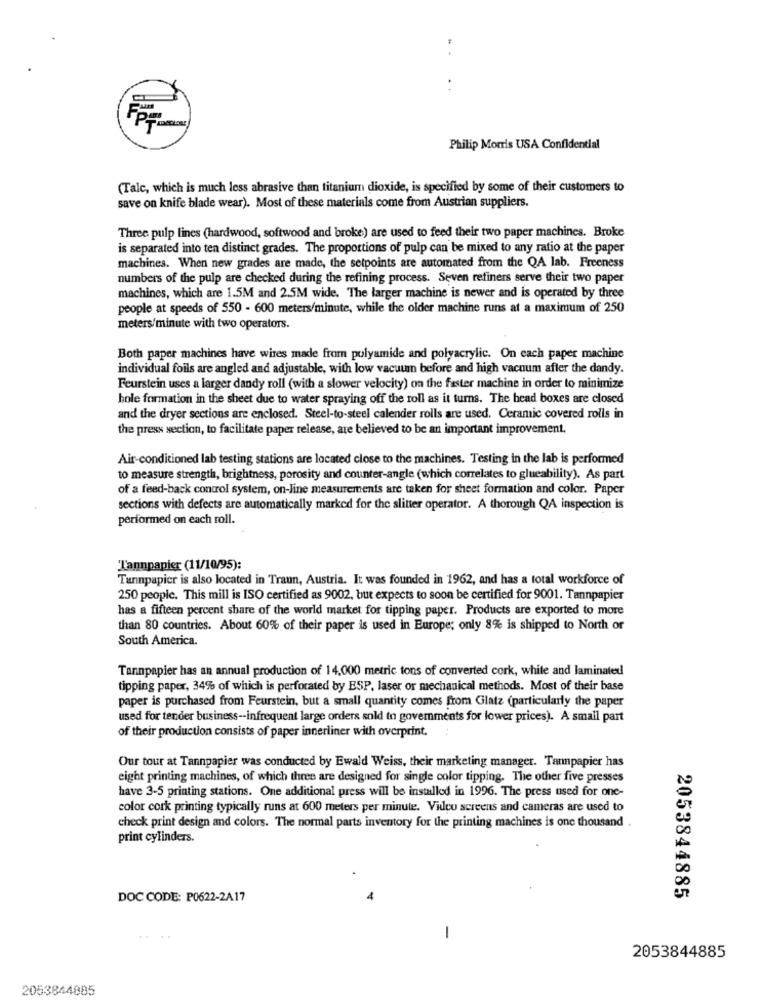
Philip Morris USA Confidential
(Talc, which is much less abrasive than titanium dioxide, is specified by some of their customers to
save on knife blade wear). Most of these materials come from Austrian suppliers.
Three pulp lines (hardwood, softwood and broke) are used to feed their two paper machines. Broke
is separated into ten distinct grades. The proportions of pulp can be mixed to any ratio at the paper
machines. When new grades are made, the setpoints are automated from the QA lab. Freeness
numbers of the pulp are checked during the refining process. Seven refiners serve their two paper
machines, which are 1.5M and 2.5M wide. The larger machine is newer and is operated by three
people at speeds of 550 - 600 meters/minute, while the older machine runs at a maximum of 250
meters/minute with two operators.
Both paper machines have wires made from polyamide and polyacrylic. On each paper machine
individual foils are angled and adjustable, with low vacuum before and high vacuum after the dandy.
Feurstein uses a larger dandy roll (with a slower velocity) on the faster machine in order to minimize
bole formation in the sheet due to water spraying off the roll as it turns. The head boxes are closed
and the dryer sections are enclosed. Steel-to-steel calender rolls are used. Ceramic covered rolls in
the press section, to facilitate paper release, are believed to be an important improvement,
Air-conditioned lab testing stations are located close to the machines. Testing in the lab is performed
to measure strength, brightness, porosity and counter-angle (which correlates to glueability). As part
of a feed-back control system, on-line measurements are taken for sheet formation and color. Paper
sections with defects are automatically marked for the slitter operator. A thorough QA inspection is
performed on each roll.
Tannpapier (11/10/95):
Tunnpapier is also located in Traun, Austria. It was founded in 1962, and has a total workforce of
250 people. This mill is ISO certified as 9002, but expects to soon be certified for 9001. Tannpapier
has a fifteen percent share of the world market for tipping paper. Products are exported to more
than 80 countries. About 60% of their paper is used in Europe; only 8% is shipped to North or
South America.
Tannpapier has an annual production of 14,000 metric tons of converted cork, white and laminated
tipping paper, 34% of which is perforated by ESP, laser or mechanical methods. Most of their base
paper is purchased from Feurstein, but a small quantity comes from Glatz (particularly the paper
used for tender business -- infrequent large orders sold to governments for lower prices). A small part
of their production consists of paper innerliner with overprint.
Our tour at Tannpapier was conducted by Ewald Weiss, their marketing manager. Tampapier has
eight printing machines, of which three are designed for single color tipping. The other five presses
have 3-5 printing stations. One additional press will be installed in 1996. The press used for one-
color cork printing typically runs at 600 meters per minute. Video screens and cameras are used to
check print design and colors. The normal parts inventory for the printing machines is one thousand
print cylinders.
DOC CODE: P0622-2A17
2053844885
-
2053844885
2053844885